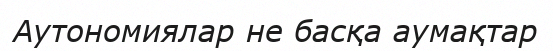
Аутономиялар не басқа аумақтар